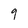
Character: 9